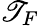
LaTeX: \mathscr{T}_{F}